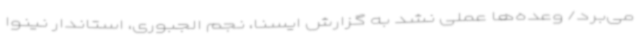
می‌برد/ وعده‌ها عملی نشد به گزارش ایسنا، نجم الجبوری، استاندار نینوا